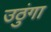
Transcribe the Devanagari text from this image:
उठुंगा